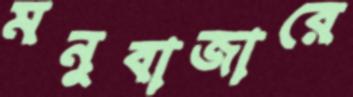
মনুবাজারে